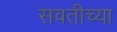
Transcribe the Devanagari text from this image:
सवतीच्या